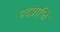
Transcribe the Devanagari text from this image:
पदप्राप्ति